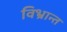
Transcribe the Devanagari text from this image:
विभ्रान्त